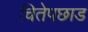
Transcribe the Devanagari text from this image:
चितेपछाड